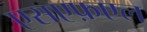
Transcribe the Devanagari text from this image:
एसएफ़एल